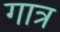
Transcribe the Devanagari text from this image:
गात्र